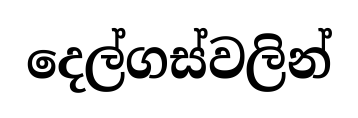
දෙල්ගස්වලින්